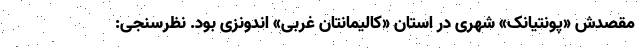
مقصدش «پونتیانک» شهری در استان «کالیمانتان غربی» اندونزی بود. نظرسنجی: